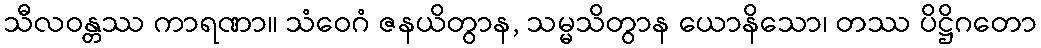
သီလဝန္တဿ ကာရဏာ။ သံဝေဂံ ဇနယိတွာန, သမ္မသိတွာန ယောနိသော၊ တဿ ပိဋ္ဌိဂတော